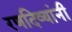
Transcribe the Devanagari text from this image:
रणदिव्यांनी